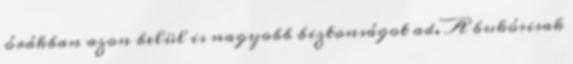
órákban azon belül is nagyobb biztonságot ad. A bukósisak